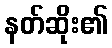
နတ်ဆိုး၏